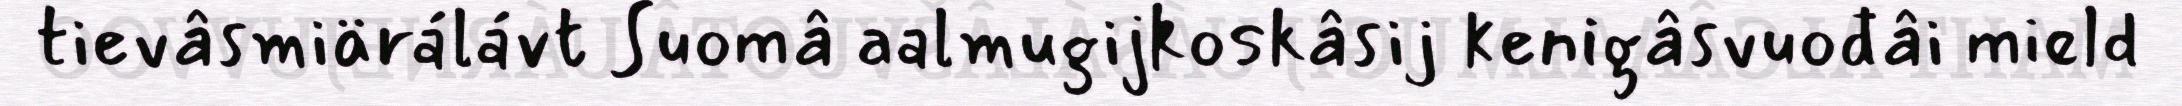
tievâsmiärálávt Suomâ aalmugijkoskâsij kenigâsvuođâi mield